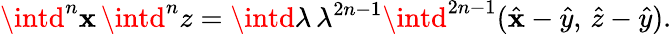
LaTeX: \intd^{n}\mathbf{x}\, \intd^{n}z=\intd\lambda\, \lambda^{2n-1}\intd^{2n-1}(\hat{{\mathbf{x}}}-\hat{{y}},\, \hat{{z}}-\hat{{y}}).